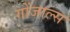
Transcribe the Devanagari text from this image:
गोंजाल्स